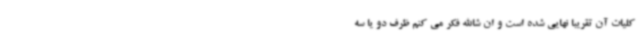
کلیات آن تقریبا نهایی شده است و ان شاالله فکر می کنم ظرف دو یا سه